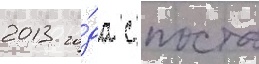
2013 го́да с поста